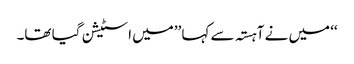
‘‘ میں نے آہستہ سے کہا ’’میں اسٹیشن گیا تھا۔